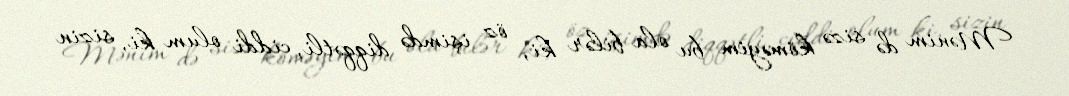
Mənim də sizə köməyim bu ola bilər ki, öz işimdə diqqətli, ciddi olum ki, sizin